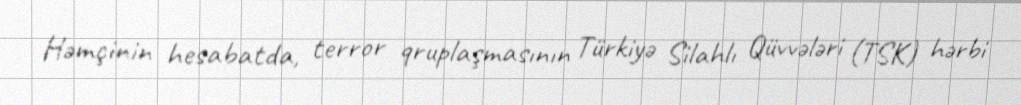
Həmçinin hesabatda, terror qruplaşmasının Türkiyə Silahlı Qüvvələri (TSK) hərbi